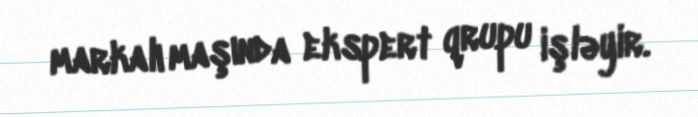
markalı maşında ekspert qrupu işləyir.